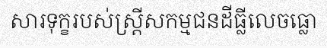
សារទុក្ខរបស់ស្ត្រីសកម្មជនដីធ្លីលេចធ្លោ